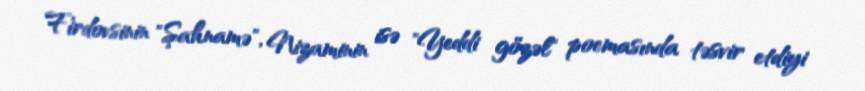
Firdovsinin "Şahnamə", Nizaminin isə "Yeddi gözəl" poemasında təsvir etdiyi